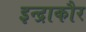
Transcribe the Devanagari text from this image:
इन्द्राकौर